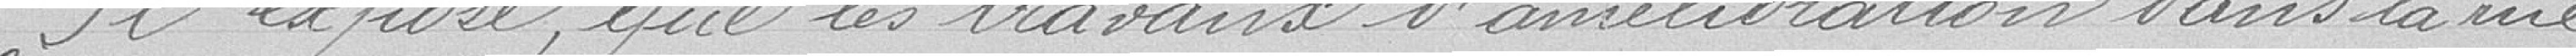
Il expose que les travaux d'amélioration dans la rue